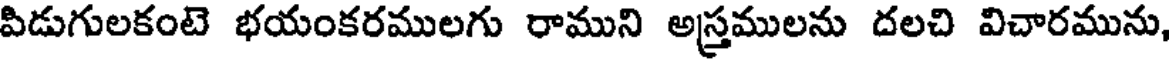
పిడుగులకంటె భయంకరములగు రాముని అస్త్రములను దలచి విచారమును,